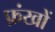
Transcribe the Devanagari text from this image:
फ़ंखों